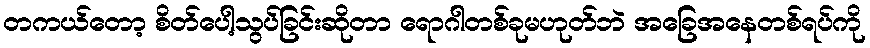
တကယ်တော့ စိတ်ပေါ့သွပ်ခြင်းဆိုတာ ရောဂါတစ်ခုမဟုတ်ဘဲ အခြေအနေတစ်ရပ်ကို